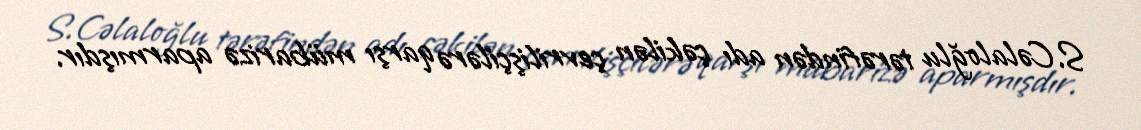
S.Cəlaloğlu tərəfindən adı çəkilən çevrilişçilərə qarşı mübarizə aparmışdır.